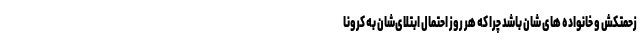
زحمتکش و خانواده های شان باشد چرا که هر روز احتمال ابتلای‌شان به کرونا